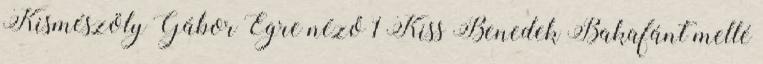
Kismészöly Gábor Égre néző 1 Kiss Benedek Bakafánt mellé